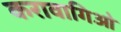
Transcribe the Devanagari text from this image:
करावागिओ